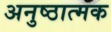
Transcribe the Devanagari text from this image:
अनुष्ठात्मक